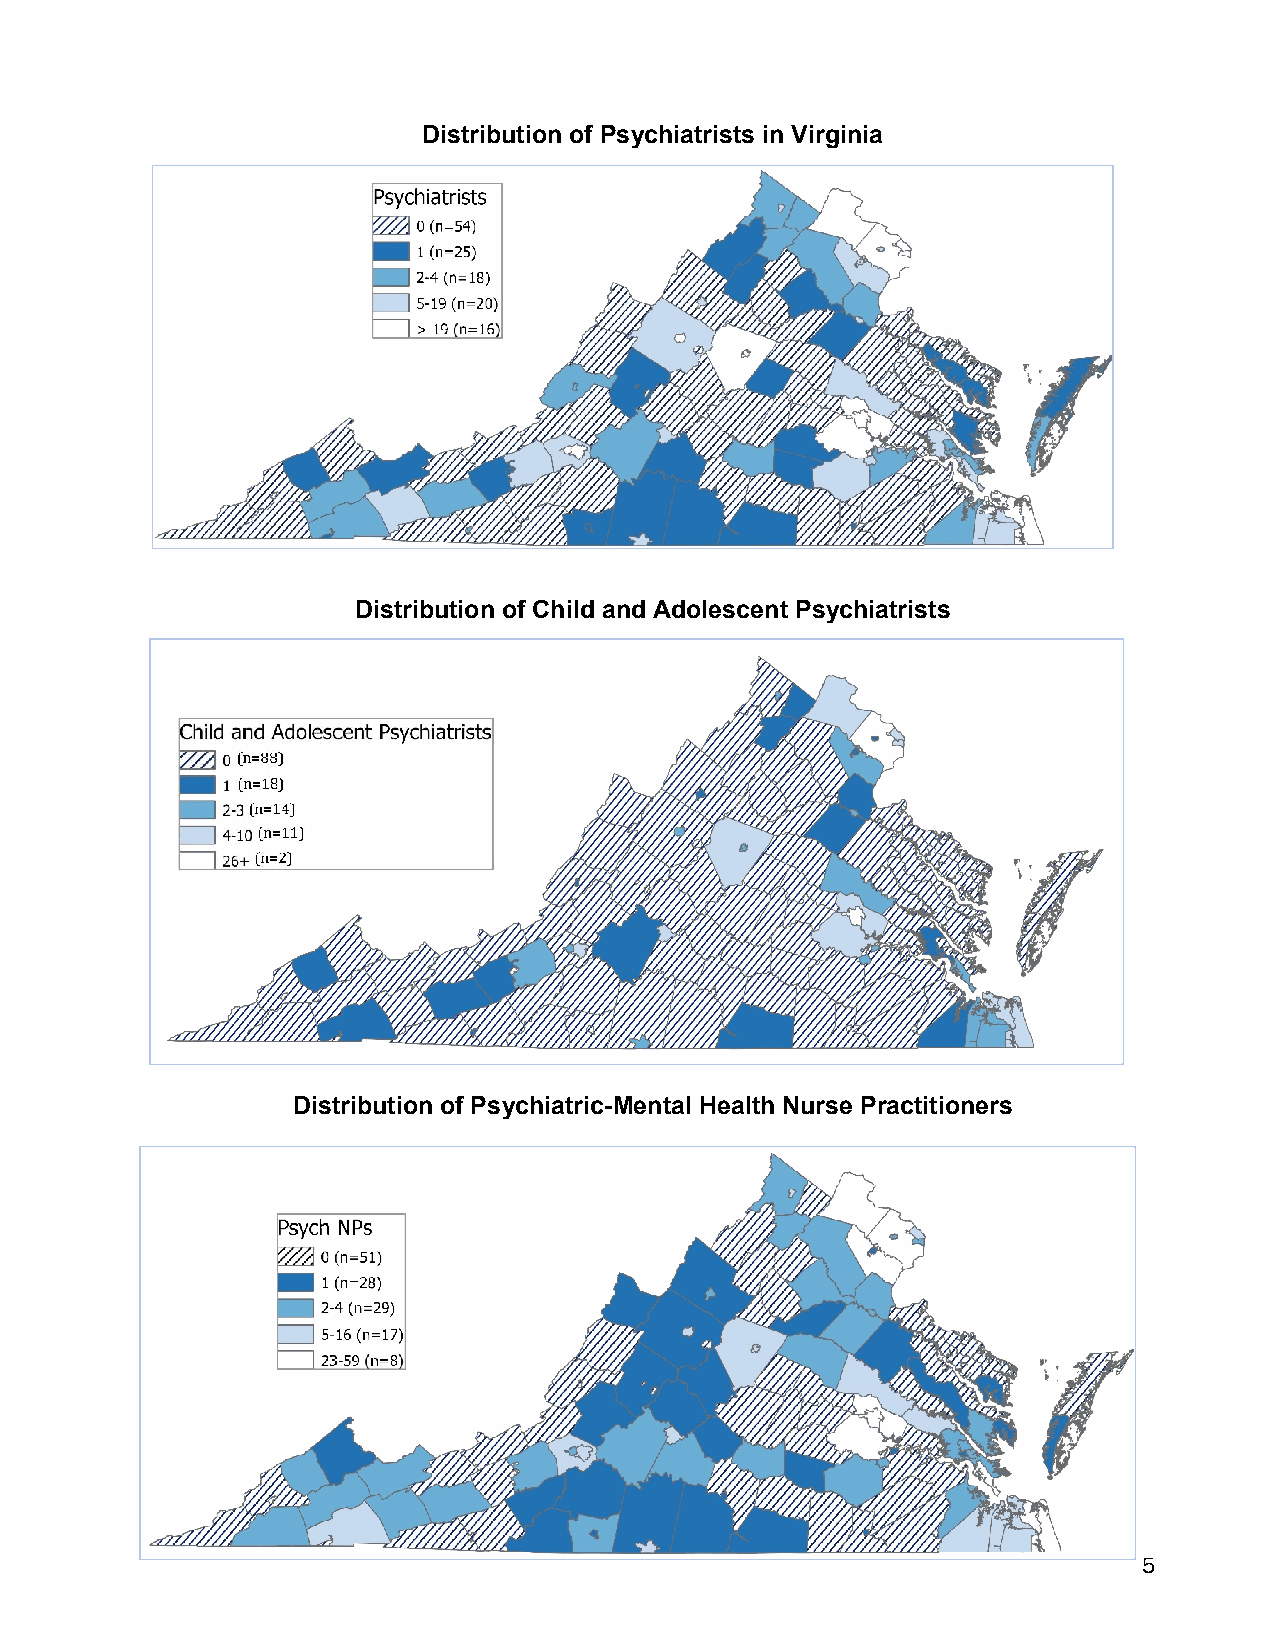
Distribution of Psychiatrists in Virginia
 Distribution of Child and Adolescent Psychiatrists
 Distribution of Psychiatric-Mental Health Nurse Practitioners in Virginia
 Distribution of Psychiatric-Mental Health Nurse Practitioners
 5